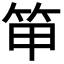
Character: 笚